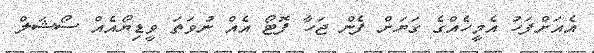
އެއަށްފަހު އެމީހެއްގެ ގަޔަށް ފެން ޖަހާ ފޮޓޯ އެއް ނުވަތަ ވީޑިޔޯއެއް ސޯޝަލް